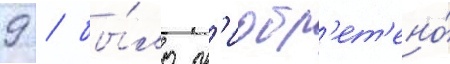
9 / бы́ло пр'иобр'ет'ено́